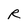
Character: R